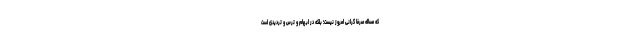
که مساله صرفاً گرانی امروز نیست؛ بلکه در ابهام و ترس و تردیدی است